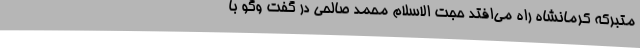
متبرکه کرمانشاه راه می‌افتد حجت الاسلام محمد صالحی در گفت وگو با